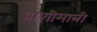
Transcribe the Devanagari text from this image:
प्राणीमात्री